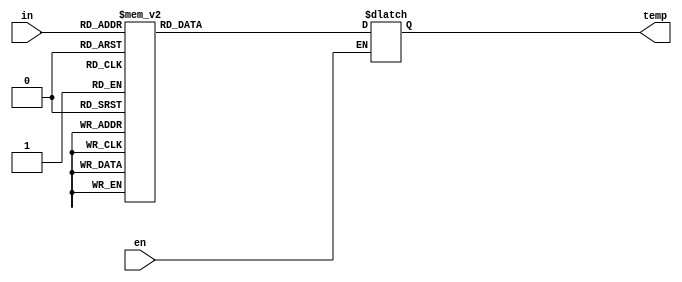
module BCD (in, en,temp);
input wire [3:0] in;
input wire en;
output reg [6:0] temp;
//assign in = 4'b0000; 

            always @(*) begin
            if (en==1) begin
                case(in)
                    4'b0000:
                    temp = 7'b0000001;
                    4'b0001:
                    temp = 7'b1001111;
                    4'b0010:
                    temp = 7'b0010010;
                    4'b0011:
                    temp = 7'b0000110;
                    4'b0100:
                    temp = 7'b1001100;
                    4'b0101:
                    temp = 7'b0100100;
                    4'b0110:
                    temp = 7'b0100000;
                    4'b0111:
                    temp = 7'b0001111;
                    4'b1000:
                    temp = 7'b0000000;
                    4'b1001:
                    temp = 7'b0000100;
                    4'b1010:
                    temp = 7'b0001000;
                    4'b1011:
                    temp = 7'b1100000;
                    4'b1100:
                    temp = 7'b0110001;
                    4'b1101:
                    temp = 7'b1000010;
                    4'b1110:
                    temp = 7'b0110000;
                    4'b1111:
                    temp = 7'b0111000;
                
                endcase
           end
end //for the always block
endmodule